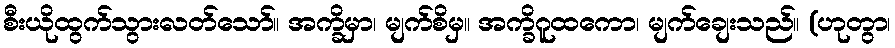
စီးယိုထွက်သွားလတ်သော်။ အက္ခိမှာ၊ မျက်စိမှ။ အက္ခိဂူထကော၊ မျက်ချေးသည်။ (ဟုတွာ၊